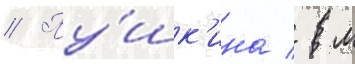
// Пу́шк'ина / м